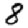
Digit: 8